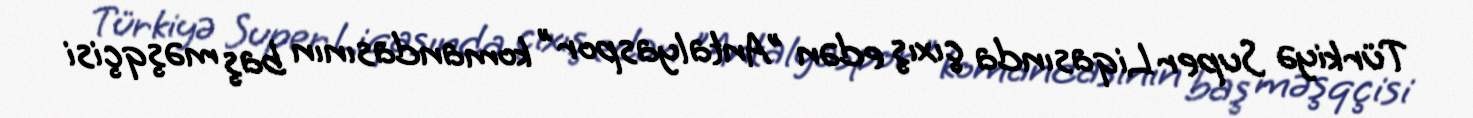
Türkiyə Super Liqasında çıxış edən "Antalyaspor" komandasının baş məşqçisi